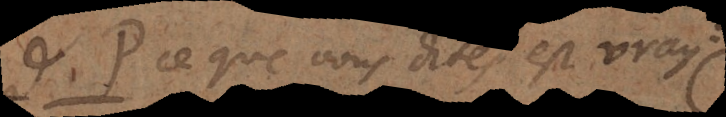
P. Ce que vous dites est vray: